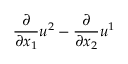
\frac { \partial } { \partial x _ { 1 } } u ^ { 2 } - \frac { \partial } { \partial x _ { 2 } } u ^ { 1 }